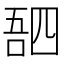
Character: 𫪸